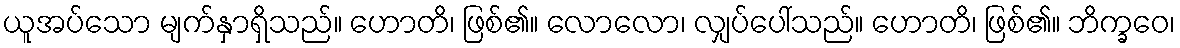
ယူအပ်သော မျက်နှာရှိသည်။ ဟောတိ၊ ဖြစ်၏။ လောလော၊ လျှပ်ပေါ်သည်။ ဟောတိ၊ ဖြစ်၏။ ဘိက္ခဝေ၊